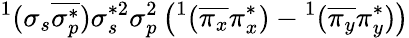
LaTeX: ^1(\sigma_{s}\overline{{\sigma_{p}^{*}}})\sigma_{s}^{*2}\sigma_{p}^{2}\left(^1(\overline{{\pi_{x}}}\pi_{x}^{*})-{}^{1}(\overline{{\pi_{y}}}\pi_{y}^{*})\right)